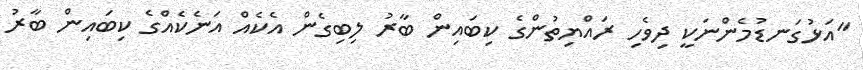
"އަޅުގަނޑުމެންނަކީ ދިވެހި ރައްޔިތުންގެ ކިބައިން ބާރު ލިބިގެން އެކެއް އަނެކެއްގެ ކިބައިން ބާރު